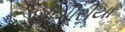
સીગીરીયા